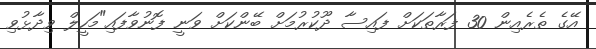
އޭގެ ތެރެއިން 30 ފަރާތަކަށް ފައިސާ ދޫކުރުމަށް ބޭންކަށް ވަނީ ފޮނުވާފައި"މަހީލް ވިދާޅުވި